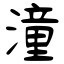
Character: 潼